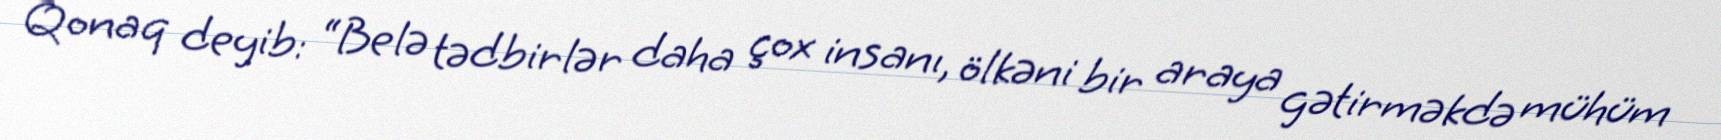
Qonaq deyib: “Belə tədbirlər daha çox insanı, ölkəni bir araya gətirməkdə mühüm